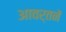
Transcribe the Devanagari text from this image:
आवर्तनें